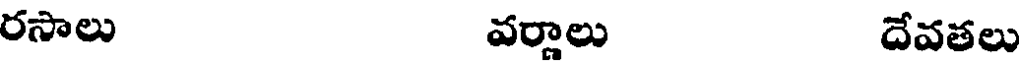
రసాలు వర్ణాలు దేవతలు